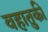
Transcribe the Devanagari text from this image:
वहातुकी